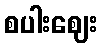
စပါးဈေး